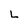
Character: L